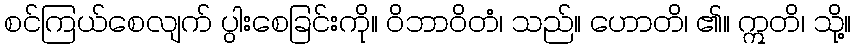
စင်ကြယ်စေလျက် ပွါးစေခြင်းကို။ ဝိဘာဝိတံ၊ သည်။ ဟောတိ၊ ၏။ ဣတိ၊ သို့။